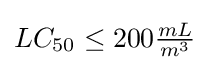
LC_{50}\leq 200{\tfrac {mL}{m^{3}}}